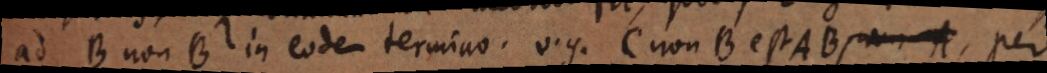
ad B non B in eodem termino, v.g. C non B est AB, per